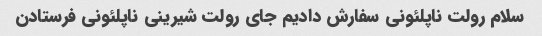
سلام رولت ناپلئونی سفارش دادیم جای رولت شیرینی ناپلئونی فرستادن